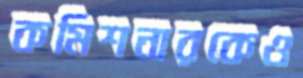
কমিশনারকেও